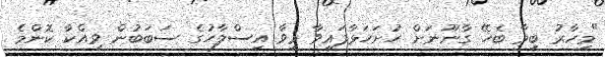
"މިހާރު ބިމާ ބެހޭ ގާނޫނަށް ހުށަހަޅާފައިވާ މިވާ އިސްލާހުގެ ސަބަބުން ވިއްކާ ކޮންމެ